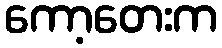
ကော့တေးက